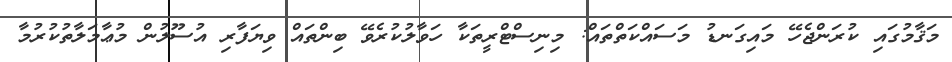
މަޤާމުގައި ކުރަންޖެހޭ މައިގަނޑު މަސައްކަތްތައް: މިނިސްޓްރީތަކާ ހަވާލުކުރެވޭ ބިންތައް ވިޔަފާރި އުސޫލުން މުޢާމަލާތުކުރުމާ